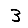
Digit: 3